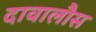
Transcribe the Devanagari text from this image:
दावालौस